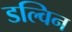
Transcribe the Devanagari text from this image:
डल्विन